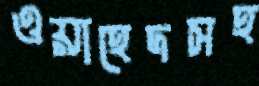
ওয়াহেদসহ